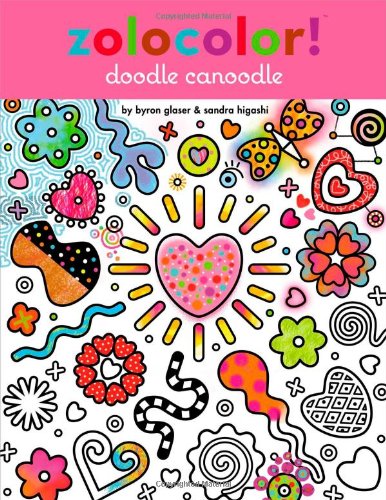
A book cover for Zolocolor! Doodle Canoodle; Children's Books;